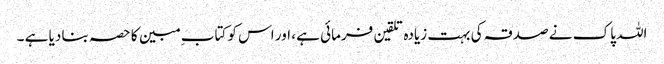
اللہ پاک نے صدقہ کی بہت زیادہ تلقین فرمائی ہے ، اور اس کو کتاب ِ مبین کا حصہ بنا دیا ہے ۔